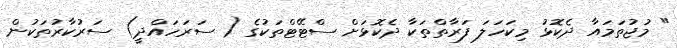
" މުޖުތަމައާ ދެކޮޅު މިކަހަލަ ފަރާތްތަކާ ދެކޮޅަށް ސްޓޭޓްތަކުގެ ( ސަރަހައްދީ) ސަރުކާރުތަކުން